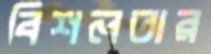
বিশলতার